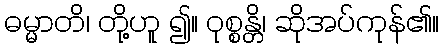
ဓမ္မာတိ၊ တို့ဟူ ၍။ ဝုစ္စန္တိ၊ ဆိုအပ်ကုန်၏။